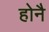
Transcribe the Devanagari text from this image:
होनै